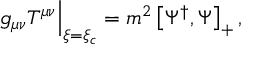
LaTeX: \left. g _ { \mu \nu } T ^ { \mu \nu } \right| _ { \xi = \xi _ { c } } = m ^ { 2 } \left[ \Psi ^ { \dag } , \Psi \right] _ { + } ,